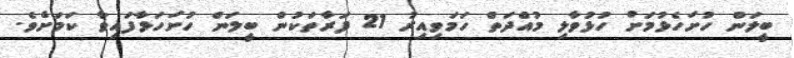
ބީލަން ހުށަހެޅުމަށް ހުޅުވާލި މުއްދަތް ހަމަވިއިރު 21 ފަރާތަކުން ބީލަން ހުށަހަޅާފައިވާ ކަމަށެވެ.